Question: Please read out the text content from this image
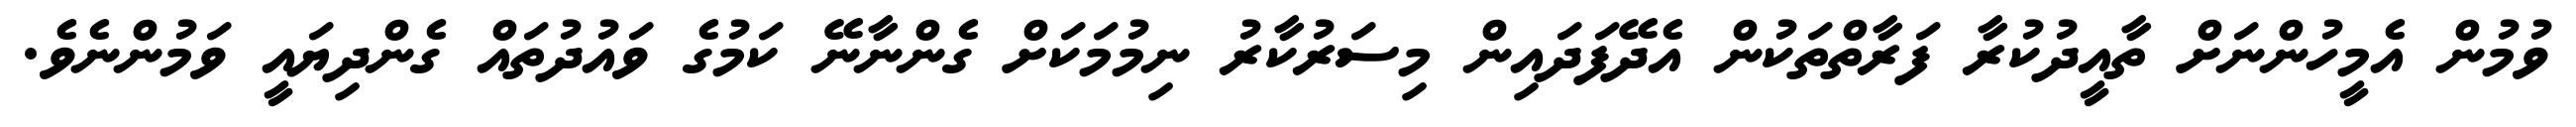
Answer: ވުމުން އެމީހުންނަށް ތާއީދުކުރާ ފަރާތްތަކުން އެދޭފަދައިން މިސަރުކާރު ނިމުމަކަށް ގެންނާނޭ ކަމުގެ ވައުދުތައް ގެންދިޔައީ ވަމުންނެވެ.